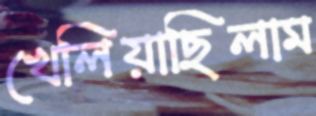
খেলিয়াছিলাম